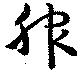
服